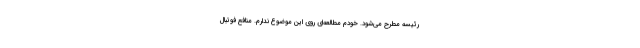
رئیسه مطرح می‌شود. خودم مطالعه‌ای روی این موضوع ندارم. منافع فوتبال